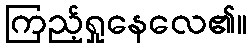
ကြည့်ရှုနေလေ၏။